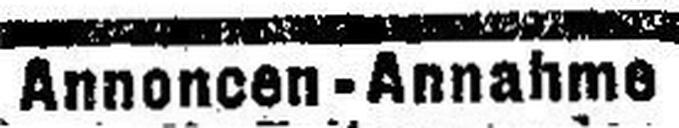
Annoncen - Annahme